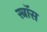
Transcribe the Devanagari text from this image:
स्त्रॉस